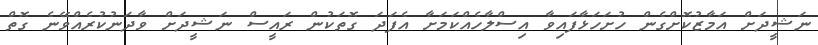
ނަޝީދަށް އަމާޒުކޮށްގެން ހުށަހަޅާފައިވާ އިސްލާހެއްކަމަށާ އެފަދަ ގޮތަކުން ރައީސް ނަޝީދަށް ވާދަނުކުރެއްވޭނެ ގޮތް